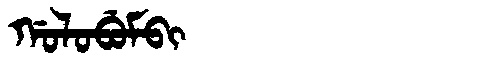
Manchu: ᡤᠣᠯᠣᠪᡠᠮᠪᡳ
Romanization: GOLOBUMBI